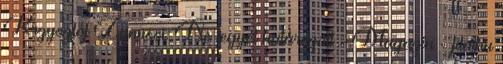
Krzysztof Zanussi: Ne legyél határozott - Magazin - filmhu